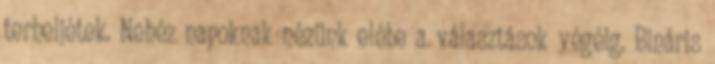
terheljétek. Nehéz napoknak nézünk elébe a választások végéig. Bináris